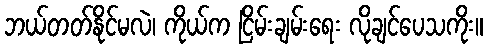
ဘယ်တတ်နိုင်မလဲ၊ ကိုယ်က ငြိမ်းချမ်းရေး လိုချင်ပေသကိုး။